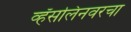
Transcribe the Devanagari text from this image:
व्हॅसलिनवरचा